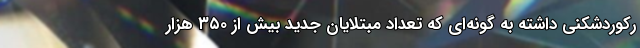
رکوردشکنی داشته به گونه‌ای که تعداد مبتلایان جدید بیش از ۳۵۰ هزار